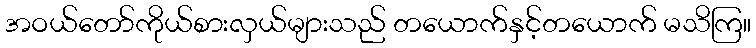
အဝယ်တော်ကိုယ်စားလှယ်များသည် တယောက်နှင့်တယောက် မသိကြ။